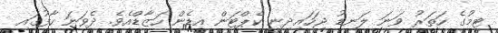
ޓީމުގެ ހަތަރު ވަނަ ލަނޑު ޖަހައިދިނީ ކެޕްޓަން އީޑެން ހަޒާޑްއެވެ. ދެވަނަ ހާފުގައި